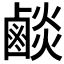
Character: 𪉧